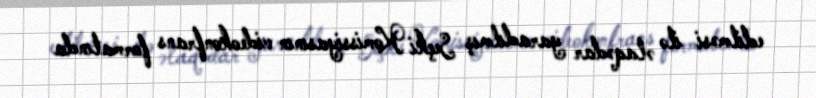
edilməsi ilə əlaqədar yaradılmış Seçki Komissiyasının videokonfrans formatında